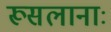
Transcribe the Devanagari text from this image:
रूसलानाः